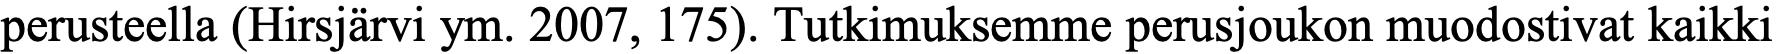
perusteella (Hirsjärvi ym. 2007, 175). Tutkimuksemme perusjoukon muodostivat kaikki